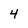
Character: 4